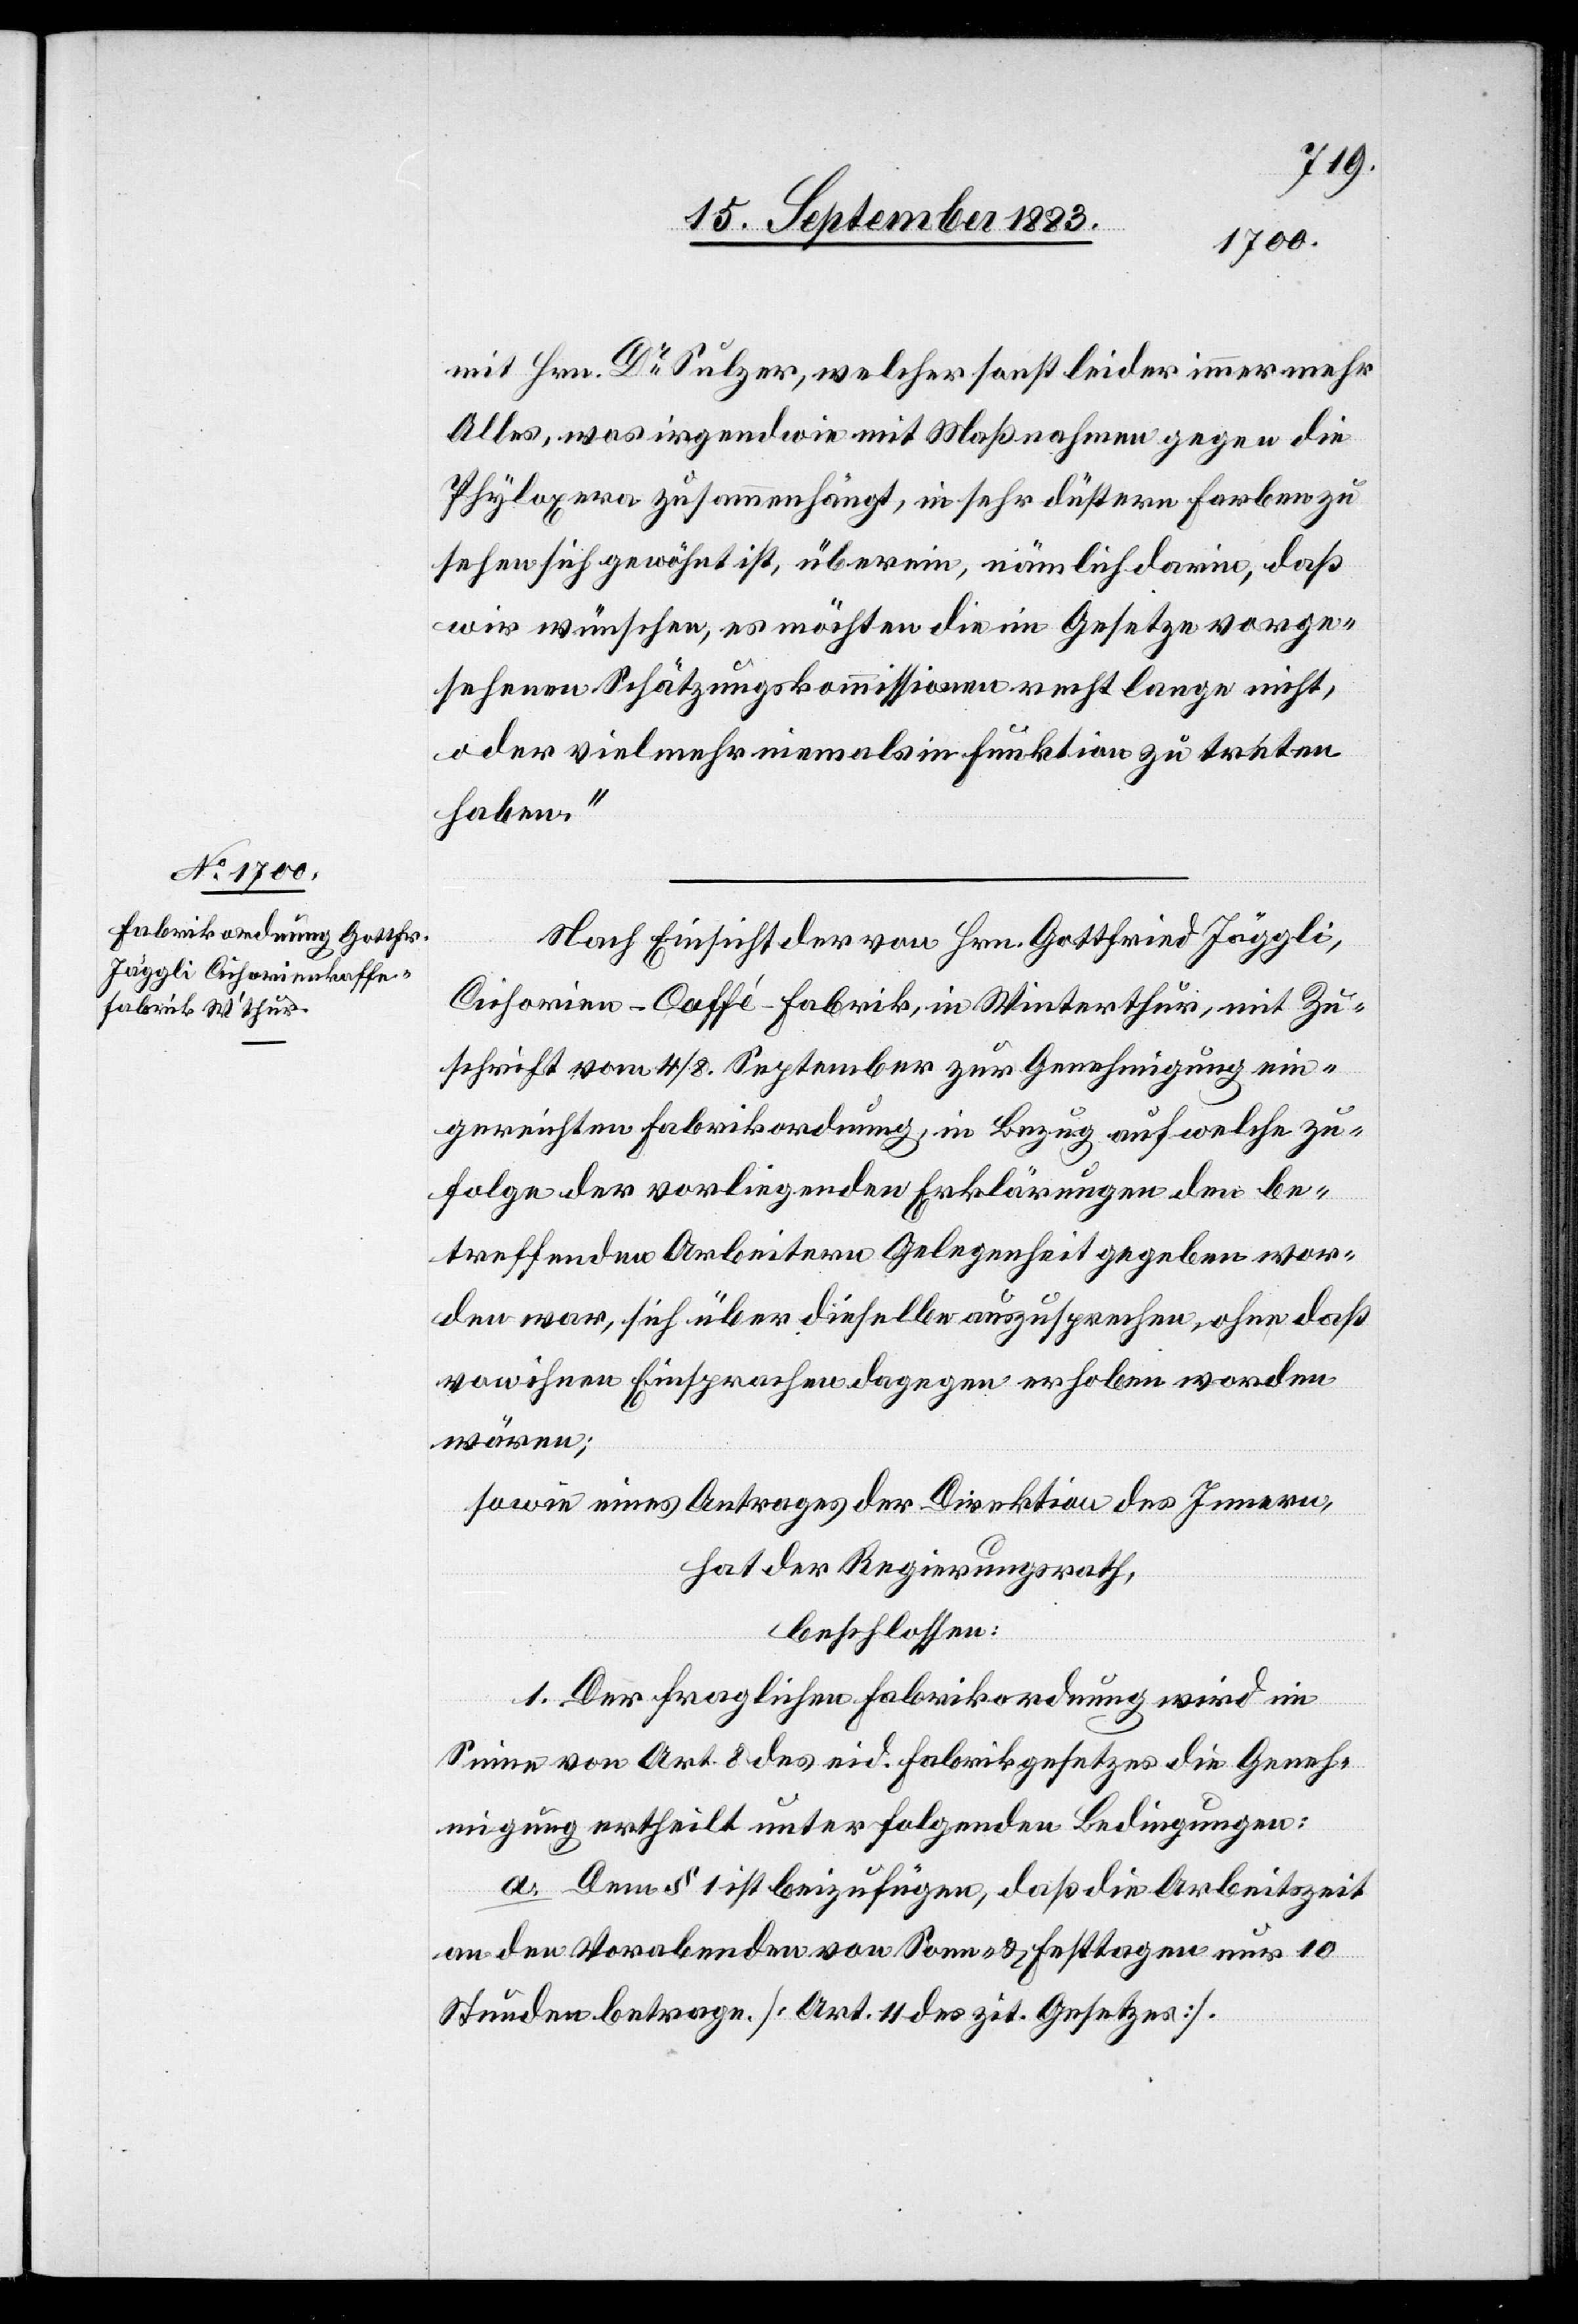
Nach Einsicht der von Hrn. Gottfried Jäggli.
Cichorien-Caffé-Fabrik, in Winterthur, mit Zu¬
schrift vom 4./8. September zur Genehmigung ein¬
gereichten Fabrikordnung, in Bezug auf welche zu¬
folge der vorliegenden Erklärungen den be¬
treffenden Arbeitern Gelegenheit gegeben wor¬
den war, sich über dieselbe auszusprechen, ohne daß
von ihnen Einsprachen dagegen erhoben worden
wären;
sowie eines Antrages der Direktion des Innern,
hat der Regierungsrath,
beschlossen:
1. Der fraglichen Fabrikordnung wird im
Sinne von Art. 8 des eid. Fabrikgesetzes die Geneh¬
migung ertheilt unter folgenden Bedingungen:
a. Dem § 1 ist beizufügen, daß die Arbeitszeit
an den Vorabenden von Sonn- & Festtagen nur 10
Stunden betrage [Art. 11 des zit. Gesetzes].